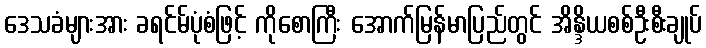
ဒေသခံများအား ခရင်မ်ပုံစံဖြင့် ကိုစောကြီး အောက်မြန်မာပြည်တွင် အိန္ဒိယစစ်ဦးစီးချုပ်